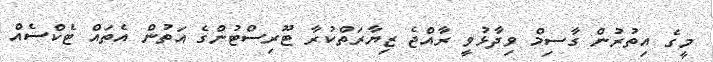
މީގެ އިތުރުން ގާސިމް ވިދާޅުވީ ރާއްޖެ ޒިޔާރަތްކުރާ ޓޫރިސްޓުންގެ އަތުން އެތައް ޓެކްސެއް